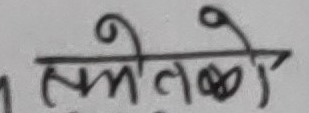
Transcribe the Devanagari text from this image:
त्यलेको